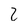
Character: z